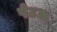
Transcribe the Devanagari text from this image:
पेटल